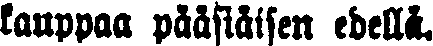
kauppaa pääsiäisen edellä.